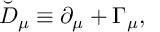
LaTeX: \breve { D } _ { \mu } \equiv \partial _ { \mu } + \Gamma _ { \mu } ,